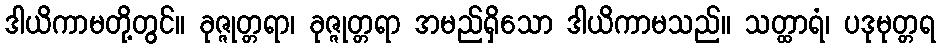
ဒါယိကာမတို့တွင်။ ခုဇ္ဇုတ္တရာ၊ ခုဇ္ဇုတ္တရာ အမည်ရှိသော ဒါယိကာမသည်။ သတ္ထာရံ၊ ပဒုမုတ္တရ